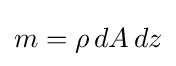
m=\rho \,dA\,dz